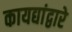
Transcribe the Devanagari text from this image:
कायद्यांद्वारे